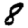
Digit: 8